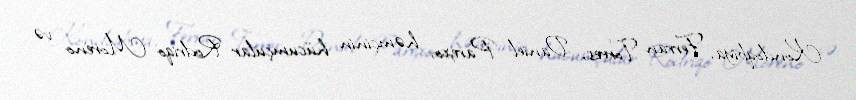
Kondoqbiya, Ferran Torres, Daniel Parexo, həmçinin hücumçular Rodriqo Moreno və